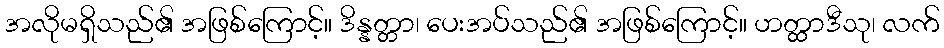
အလိုမရှိသည်၏ အဖြစ်ကြောင့်။ ဒိန္နတ္တာ၊ ပေးအပ်သည်၏ အဖြစ်ကြောင့်။ ဟတ္ထာဒီသု၊ လက်